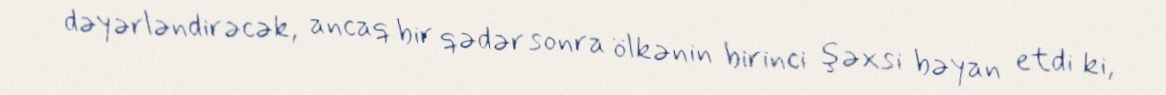
dəyərləndirəcək, ancaq bir qədər sonra ölkənin birinci şəxsi bəyan etdi ki,